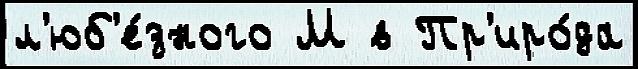
л'юб'е́зного М в Пр'иро́да